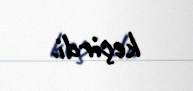
keçirdi.